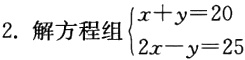
2. 解方程组$\begin{cases}x + y = 20\\2x - y = 25\end{cases}$